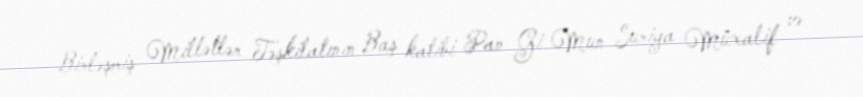
Birləşmiş Millətlər Təşkilatının Baş katibi Pan Gi Mun Suriya Müxalif və